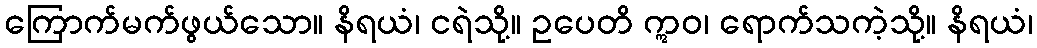
ကြောက်မက်ဖွယ်သော။ နိရယံ၊ ငရဲသို့။ ဥပေတိ ဣဝ၊ ရောက်သကဲ့သို့။ နိရယံ၊